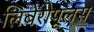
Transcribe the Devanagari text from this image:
लिबेरोपूलस